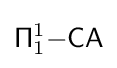
{\mathsf {\Pi }}_{1}^{1}{\mathsf {-CA}}